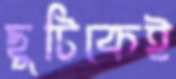
ছুটিকেই